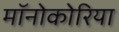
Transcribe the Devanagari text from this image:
मॉनोकोरिया